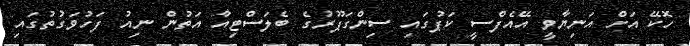
ހޮކޭ އަށް އަނިޔާވީ އޭއެފްސީ ކަޕުގައި ސިންގަޕޫރުގެ ބެލަސްޓިއާ އަތުން ނިއު ފަހުވަގުތުގައި